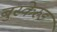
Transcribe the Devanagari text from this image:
बुस्केरुड